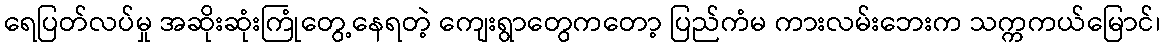
ရေပြတ်လပ်မှု အဆိုးဆုံးကြုံတွေ့နေရတဲ့ ကျေးရွာတွေကတော့ ပြည်ကံမ ကားလမ်းဘေးက သက္ကကယ်မြောင်၊